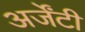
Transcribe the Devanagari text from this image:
अर्जेंटी